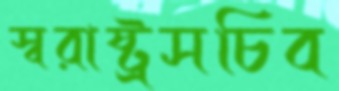
স্বরাষ্ট্রসচিব